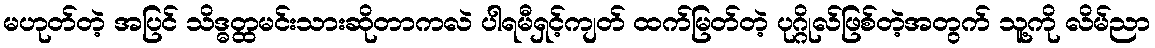
မဟုတ်တဲ့ အပြင် သိဒ္ဓတ္ထမင်းသားဆိုတာကလဲ ပါရမီရှင့်ကျတ် ထက်မြတ်တဲ့ ပုဂ္ဂိုလ်ဖြစ်တဲ့အတွက် သူ့ကို လိမ်ညာ